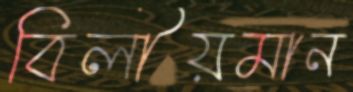
বিলীয়মান